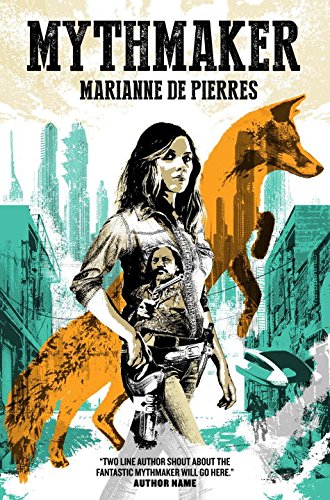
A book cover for Mythmaker: Peacemaker #2; Marianne De Pierres; Science Fiction & Fantasy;